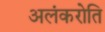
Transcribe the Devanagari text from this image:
अलंकरोति